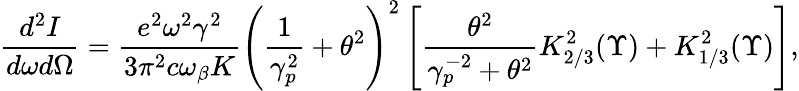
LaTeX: \frac{d^{2}I}{d\omega d\Omega}=\frac{e^{2}\omega^{2}\gamma^{2}}{3\pi^{2}c\omega_{\beta}K}\left(\frac{1}{\gamma_{p}^{2}}+\theta^{2}\right)^{2}\left[\frac{\theta^{2}}{\gamma_{p}^{-2}+\theta^{2}}K_{2/3}^{2}(\Upsilon)+K_{1/3}^{2}(\Upsilon)\right],